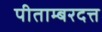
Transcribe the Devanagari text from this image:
पीताम्बरदत्त